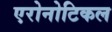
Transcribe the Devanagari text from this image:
एरोनोटिकल